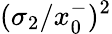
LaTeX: (\sigma_{2}/x_{0}^{-})^{2}